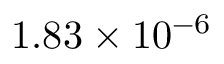
1 . 8 3 \times 1 0 ^ { - 6 }